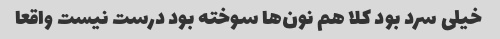
خیلی سرد بود کلا هم نون‌ها سوخته بود درست نیست واقعا